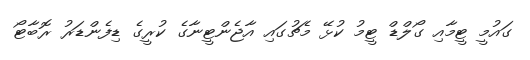
ގައުމީ ޓީމާއި ގޯލްޑް ޓީމު ކުޅޭ މެޗުގައި އާޖެންޓީނާގެ ކުރީގެ ޑިފެންޑަރު ރޮބާޓޯ